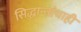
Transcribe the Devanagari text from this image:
सिद्धान्तांचाही